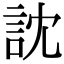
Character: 訦